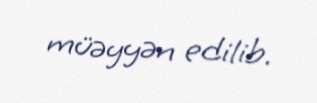
müəyyən edilib.